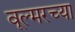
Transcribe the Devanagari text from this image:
वूल्मरच्या